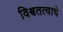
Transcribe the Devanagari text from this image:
विश्वतत्वाचे